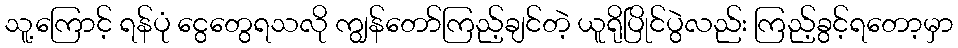
သူ့ကြောင့် ရန်ပုံ ငွေတွေရသလို ကျွန်တော်ကြည့်ချင်တဲ့ ယူရိုပြိုင်ပွဲလည်း ကြည့်ခွင့်ရတော့မှာ